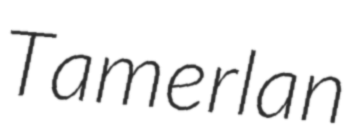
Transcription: Tamerlan